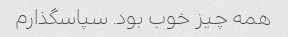
همه چیز خوب بود. سپاسگذارم